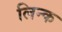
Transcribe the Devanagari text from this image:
लिन्क